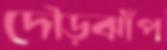
দৌড়ঝাঁপ